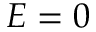
E = 0